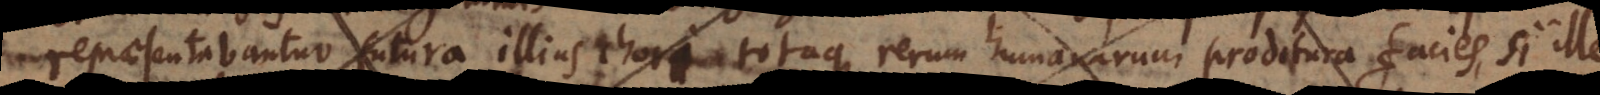
praesentabantur futura illius chori totaque rerum humanarum proditura erat